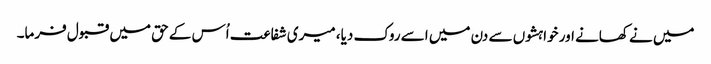
میں نے کھانے اور خواہشوں سے دن میں اسے روک دیا، میری شفاعت اُس کے حق میں قبول فرما۔